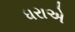
ધરાએ